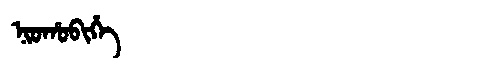
Manchu: ᠨᡳᠣᡥᠣᠪᡳᡥᡝ
Romanization: NIOHOBIHE